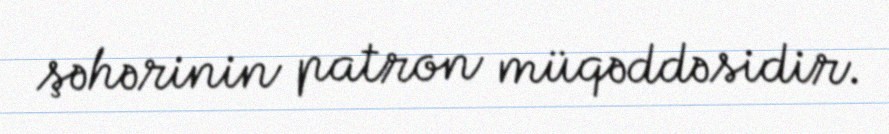
şəhərinin patron müqəddəsidir.